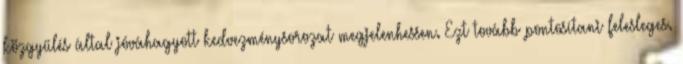
közgyűlés által jóváhagyott kedvezménysorozat megjelenhessen. Ezt tovább pontosítani felesleges.